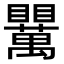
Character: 𥍈